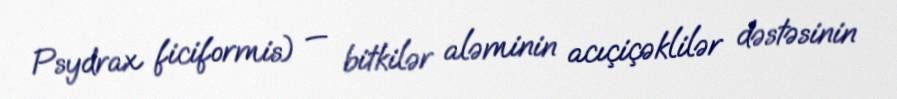
Psydrax ficiformis) — bitkilər aləminin acıçiçəklilər dəstəsinin